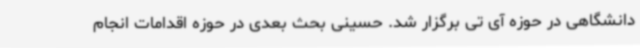
دانشگاهی در حوزه آی تی برگزار شد. حسینی بحث بعدی در حوزه اقدامات انجام